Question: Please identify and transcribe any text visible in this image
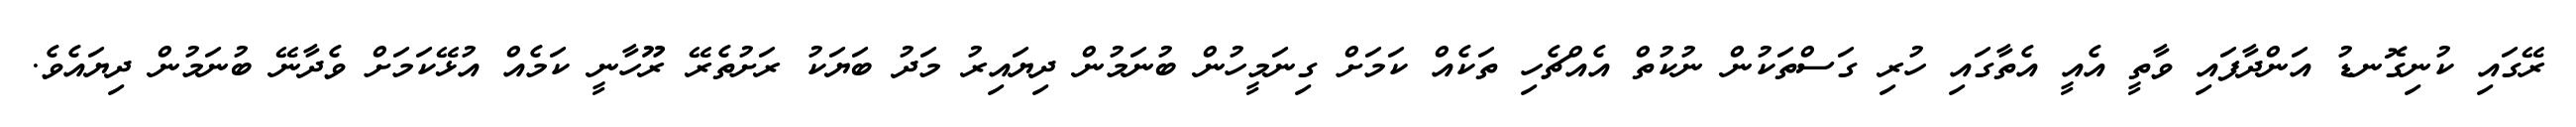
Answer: ރޭގައި ކުނިގޮނޑު އަންދާފައި ވާތީ އެއީ އެތާގައި ހުރި ގަސްތަކުން ނުކުތް އެއްޗެހި ތަކެއް ކަމަށް ގިނަމީހުން ބުނަމުން ދިޔައިރު މަދު ބަޔަކު ރަށުތެރޭ ރޫހާނީ ކަމެއް އުޅޭކަމަށް ވެދާނޭ ބުނަމުން ދިޔައެވެ.